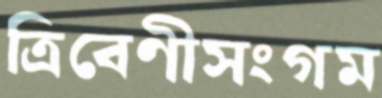
ত্রিবেণীসংগম